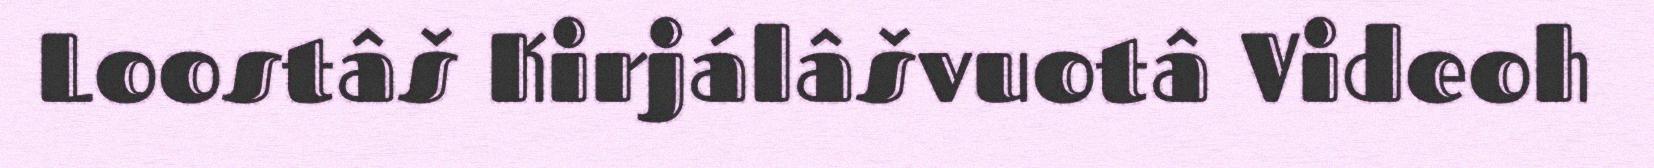
Loostâš Kirjálâšvuotâ Videoh